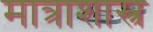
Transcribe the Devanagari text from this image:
मात्राशास्त्र